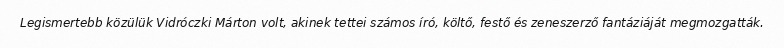
Legismertebb közülük Vidróczki Márton volt, akinek tettei számos író, költő, festő és zeneszerző fantáziáját megmozgatták.